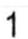
1